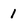
Character: 1